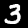
Digit: 3